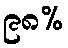
၉၈%